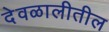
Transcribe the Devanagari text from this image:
देवळालीतील